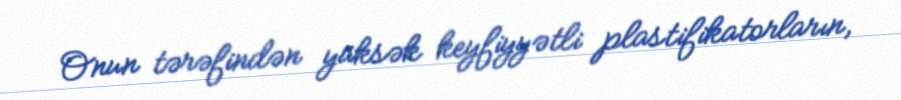
Onun tərəfindən yüksək keyfiyyətli plastifikatorların,